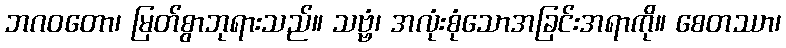
ဘဂဝတော၊ မြတ်စွာဘုရားသည်။ သဗ္ဗံ၊ အလုံးစုံသောအခြင်းအရာကို။ စေတဿာ၊